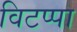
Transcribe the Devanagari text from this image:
विटप्पा